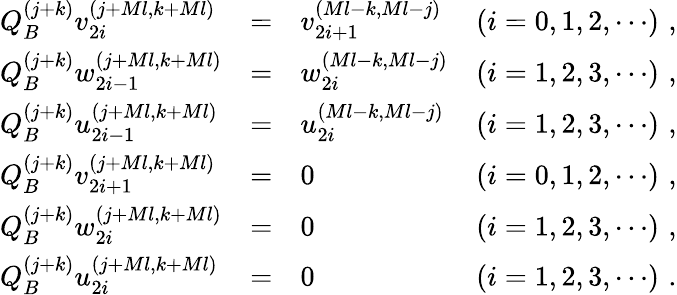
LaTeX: \begin{array}{lclr}{{Q_{B}^{(j+k)}v_{2i}^{(j+Ml,k+Ml)}}}&{{=}}&{{v_{2i+1}^{(Ml-k,Ml-j)}}}&{{(i=0,1,2,\cdots)\, \, ,}}\\ {{Q_{B}^{(j+k)}w_{2i-1}^{(j+Ml,k+Ml)}}}&{{=}}&{{w_{2i}^{(Ml-k,Ml-j)}}}&{{(i=1,2,3,\cdots)\, \, ,}}\\ {{Q_{B}^{(j+k)}u_{2i-1}^{(j+Ml,k+Ml)}}}&{{=}}&{{u_{2i}^{(Ml-k,Ml-j)}}}&{{(i=1,2,3,\cdots)\, \, ,}}\\ {{Q_{B}^{(j+k)}v_{2i+1}^{(j+Ml,k+Ml)}}}&{{=}}&{{0}}&{{(i=0,1,2,\cdots)\, \, ,}}\\ {{Q_{B}^{(j+k)}w_{2i}^{(j+Ml,k+Ml)}}}&{{=}}&{{0}}&{{(i=1,2,3,\cdots)\, \, ,}}\\ {{Q_{B}^{(j+k)}u_{2i}^{(j+Ml,k+Ml)}}}&{{=}}&{{0}}&{{(i=1,2,3,\cdots)\, \, .}}\end{array}